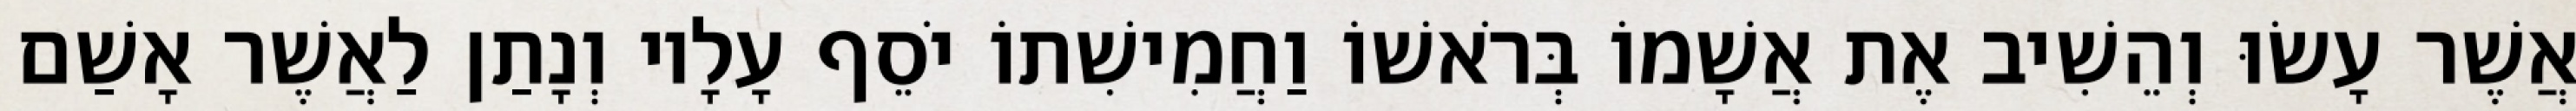
אֲשֶׁר עָשׂוּ וְהֵשִׁיב אֶת אֲשָׁמוֹ בְּרֹאשׁוֹ וַחֲמִישִׁתוֹ יֹסֵף עָלָיו וְנָתַן לַאֲשֶׁר אָשַׁם